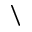
\backslash